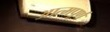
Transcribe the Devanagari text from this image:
आत्मपूर्ण